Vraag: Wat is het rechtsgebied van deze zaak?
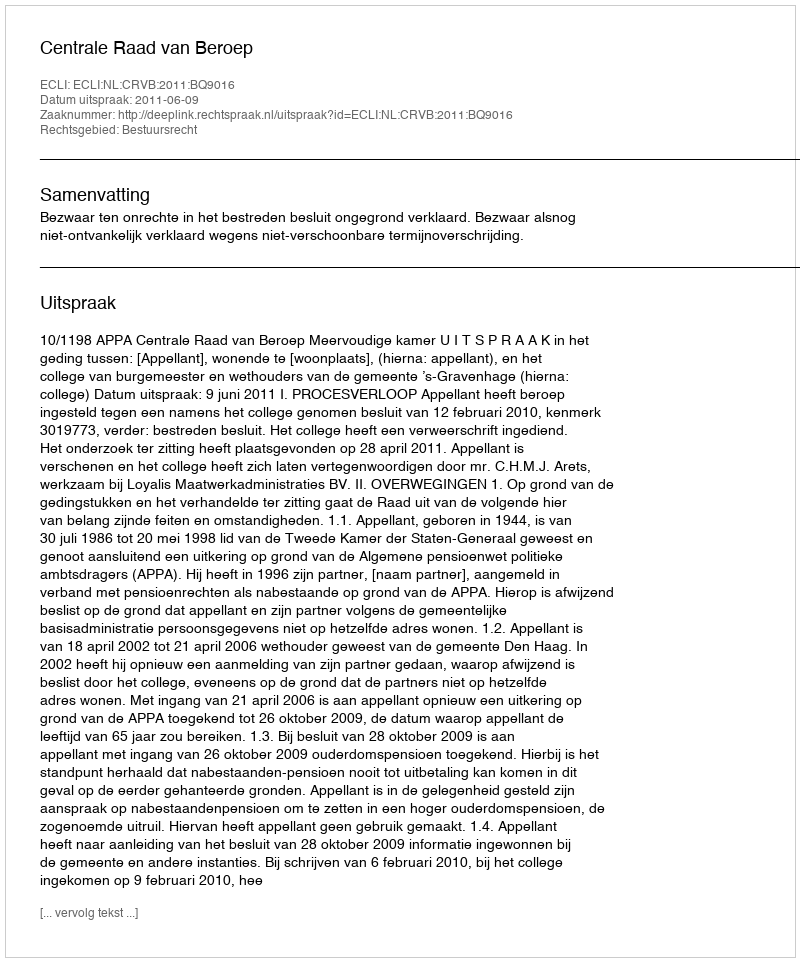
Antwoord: Bestuursrecht